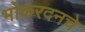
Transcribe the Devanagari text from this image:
भोकरदनचे